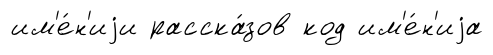
им'е́н'иjи расска́зов код им'е́н'иjа